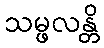
သမ္ဖလန္တိ